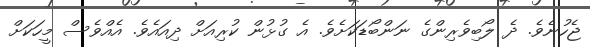
ޖެހުނެވެ. ދެ ލޯބިވެރިންގެ ނަންބޯޑަކަށެވެ. އެ ގުޅުން ކުރިއަށް ދިއައެވެ. އެއްވެސް މީހަކަށް